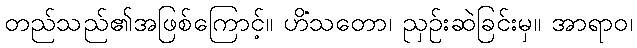
တည်သည်၏အဖြစ်ကြောင့်။ ဟိံသတော၊ ညှဉ်းဆဲခြင်းမှ။ အာရာဝ၊